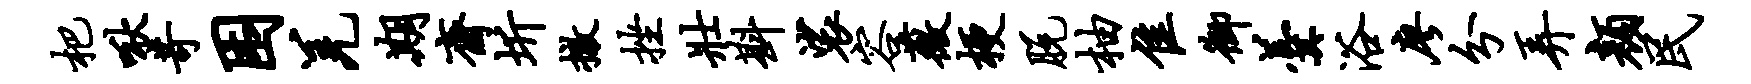
杷啾苛困羌期斋圻撤挫壮斟裟容薇梗脱柚隹御羹浴廖分弄颜民